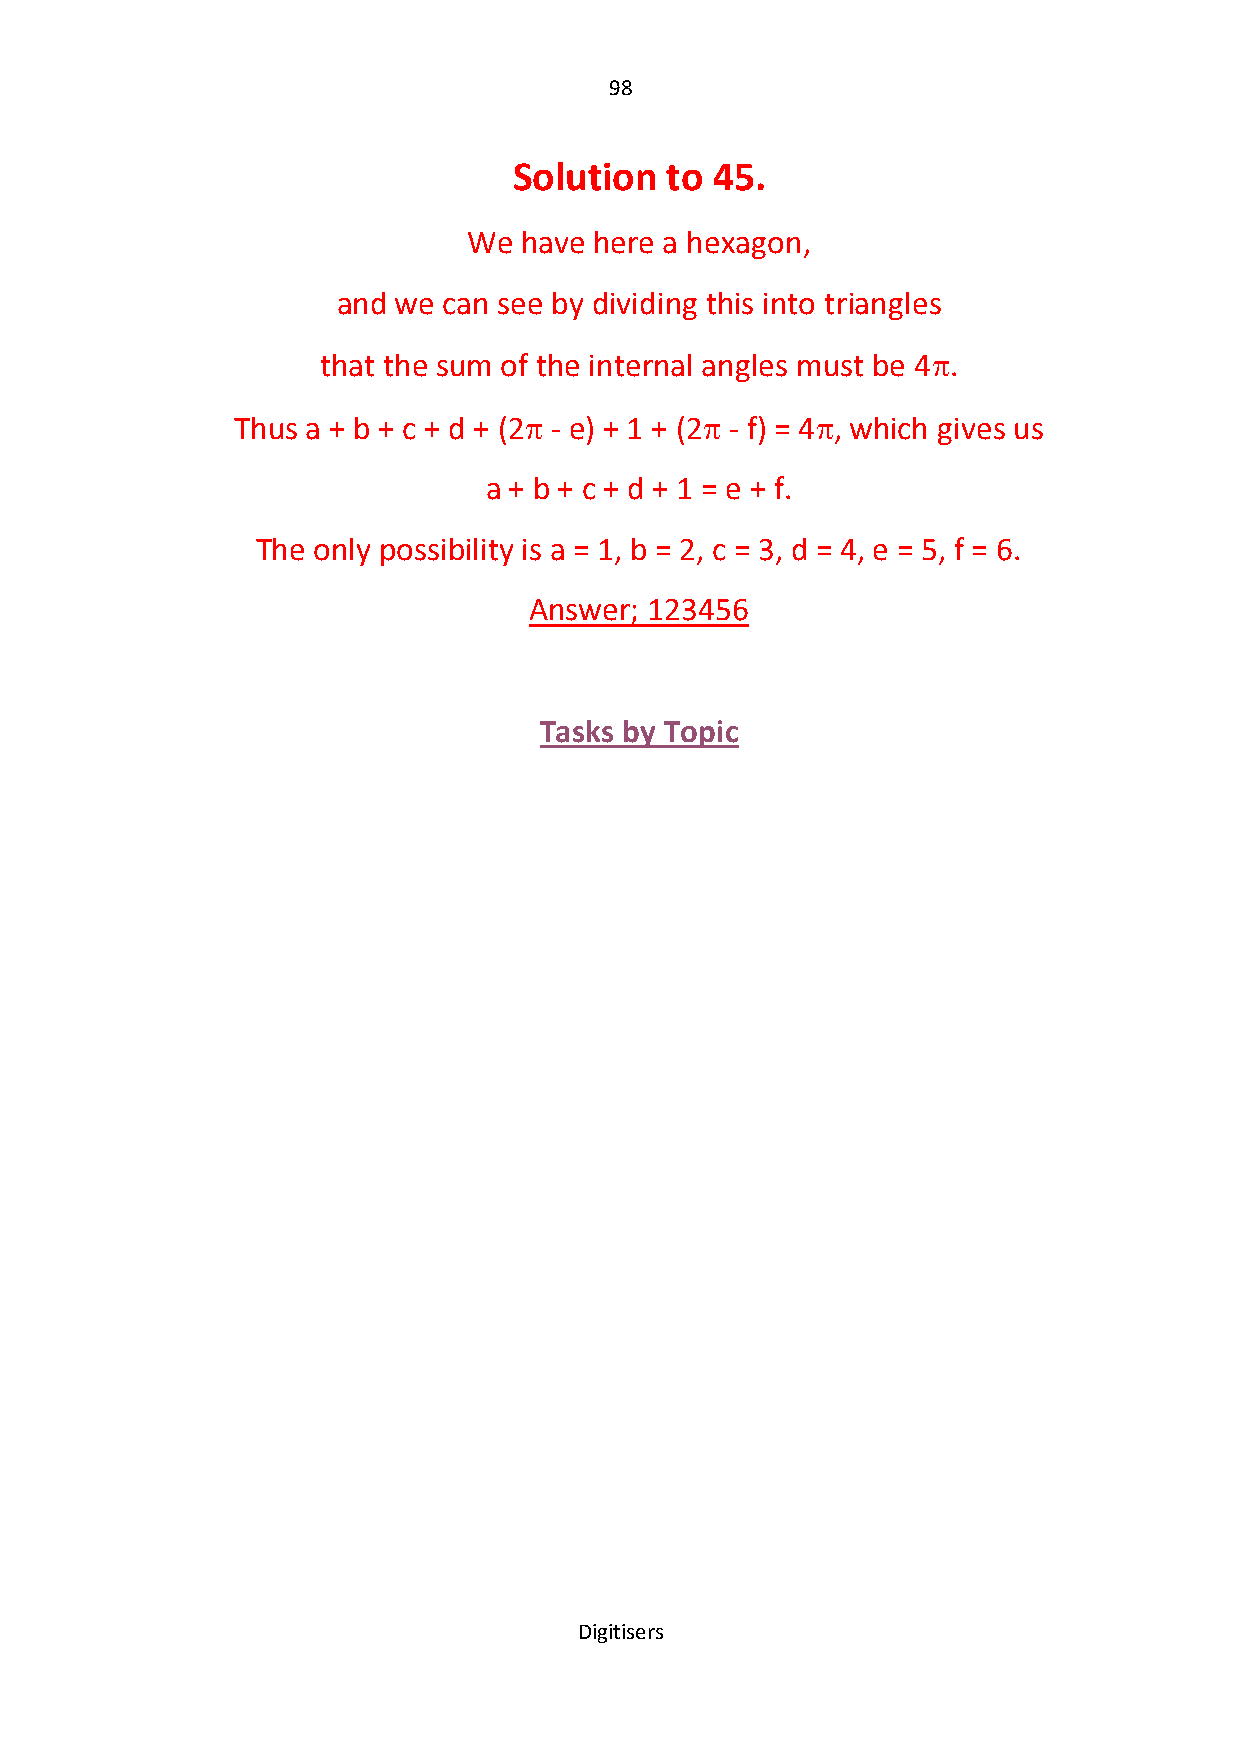
98
 Solution  to 45.
 We have here a hexagon,
 and we can see by dividing this into triangles
 that the sum of the internal angles must be 4.
 Thus a + b + c + d + (2 - e) + 1 + (2 - f) = 4, which gives us
 a + b + c + d + 1 = e + f.
 The only possibility is a = 1, b = 2, c = 3, d = 4, e = 5, f = 6.
 Answer; 123456
 Tasks by Topic
 Digitisers